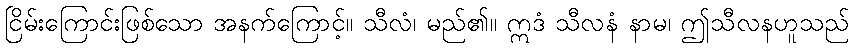
ငြိမ်းကြောင်းဖြစ်သော အနက်ကြောင့်။ သီလံ၊ မည်၏။ ဣဒံ သီလနံ နာမ၊ ဤသီလနဟူသည်